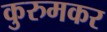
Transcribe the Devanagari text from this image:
कुरुमकर